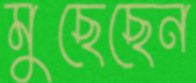
মুছেছেন